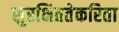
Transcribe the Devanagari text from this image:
सुरक्षिततेकरिता